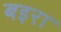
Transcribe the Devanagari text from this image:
बइरा